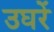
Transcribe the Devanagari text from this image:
उघरें